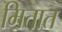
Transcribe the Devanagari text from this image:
मितात